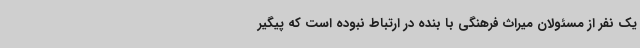
یک نفر از مسئولان میراث فرهنگی با بنده در ارتباط نبوده است که پیگیر